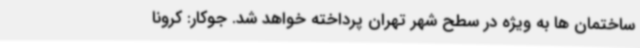
ساختمان ها به ویژه در سطح شهر تهران پرداخته خواهد شد. جوکار: کرونا